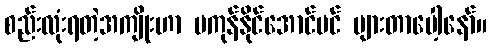
စည်းလုံးရတဲ့အကျိုးဟာ မကုန်နိုင်အောင်ပင် များတာပေါ့နော်။